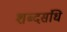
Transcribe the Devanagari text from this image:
शब्दसंधि